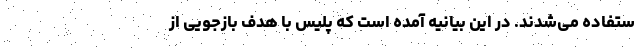
ستفاده می‌شدند. در این بیانیه آمده است که پلیس با هدف بازجویی از